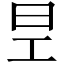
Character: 𭥐